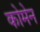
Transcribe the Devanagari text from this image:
कोमेन